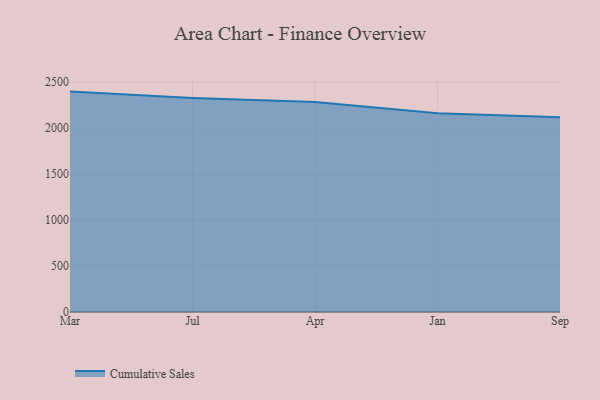
{"axis": {"x": "Month", "y": "Operating Costs (USD K)"}, "legend": ["Cumulative Sales"], "data": [{"x": "Mar", "y": 2396.9, "type": "Cumulative Sales"}, {"x": "Jul", "y": 2326.3, "type": "Cumulative Sales"}, {"x": "Apr", "y": 2283.7, "type": "Cumulative Sales"}, {"x": "Jan", "y": 2162.1, "type": "Cumulative Sales"}, {"x": "Sep", "y": 2118.3, "type": "Cumulative Sales"}]}